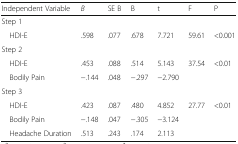
<table><thead><tr><td><b>Independent Variable</b></td><td><b><i>B</i></b></td><td><b>SE B</b></td><td><b>Β</b></td><td><b>t</b></td><td><b>F</b></td><td><b>P</b></td></tr></thead><tbody><tr><td colspan="7">Step 1</td></tr><tr><td> HDI-E</td><td>.598</td><td>.077</td><td>.678</td><td>7.721</td><td>59.61</td><td>&lt;0.001</td></tr><tr><td colspan="7">Step 2</td></tr><tr><td> HDI-E</td><td>.453</td><td>.088</td><td>.514</td><td>5.143</td><td rowspan="2">37.54</td><td rowspan="2">&lt;0.01</td></tr><tr><td> Bodily Pain</td><td>−.144</td><td>.048</td><td>−.297</td><td>−2.790</td></tr><tr><td colspan="7">Step 3</td></tr><tr><td> HDI-E</td><td>.423</td><td>.087</td><td>.480</td><td>4.852</td><td rowspan="3">27.77</td><td rowspan="3">&lt;0.01</td></tr><tr><td> Bodily Pain</td><td>−.148</td><td>.047</td><td>−.305</td><td>−3.124</td></tr><tr><td> Headache Duration</td><td>.513</td><td>.243</td><td>.174</td><td>2.113</td></tr></tbody></table>